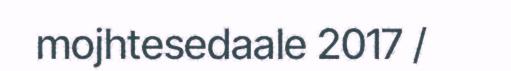
mojhtesedaale 2017 /